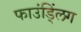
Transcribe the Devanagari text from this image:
फाउंड्लिंग